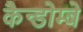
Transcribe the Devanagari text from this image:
कैन्डोम्बे